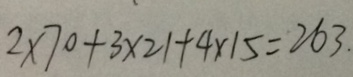
2 \times 7 0 + 3 \times 2 1 + 4 \times 1 5 = 2 6 3